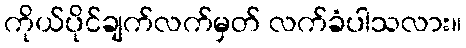
ကိုယ်ပိုင်ချက်လက်မှတ် လက်ခံပါသလား။